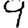
Digit: 9